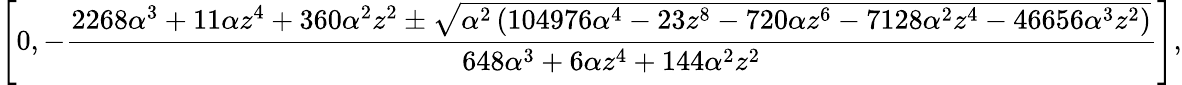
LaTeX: \Bigg[0,-\frac{2268\alpha^{3}+11\alpha z^{4}+360\alpha^{2}z^{2}\pm\sqrt{\alpha^{2}\left(104976\alpha^{4}-23z^{8}-720\alpha z^{6}-7128\alpha^{2}z^{4}-46656\alpha^{3}z^{2}\right)}}{648\alpha^{3}+6\alpha z^{4}+144\alpha^{2}z^{2}}\Bigg],